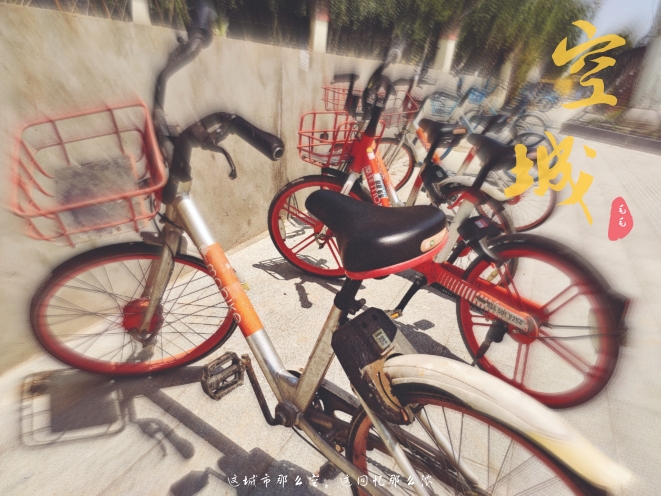
山围故国周遭在，潮打空城寂寞回。